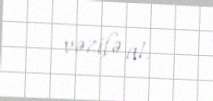
vəzifə at.